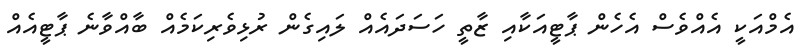
އެމްއަކީ އެއްވެސް އެހެން ޕާޓީއަކާއި ޒާތީ ހަސަދައެއް ލައިގެން ރުޅިވެރިކަމެއް ބާއްވާނެ ޕާޓީއެއް